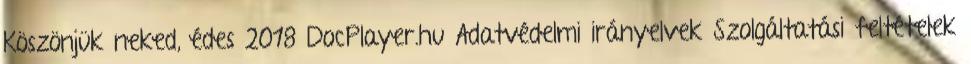
Köszönjük neked, édes 2018 DocPlayer.hu Adatvédelmi irányelvek Szolgáltatási feltételek